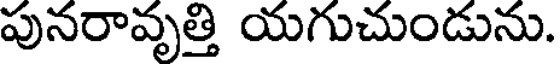
పునరావృత్తి యగుచుండును.